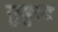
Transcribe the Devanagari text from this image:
सुमुखः